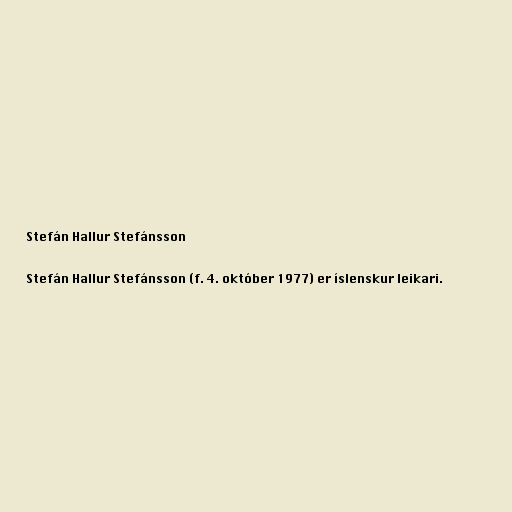
Stefán Hallur Stefánsson

Stefán Hallur Stefánsson (f. 4. október 1977) er íslenskur leikari.